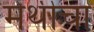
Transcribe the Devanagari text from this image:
मेथीचा